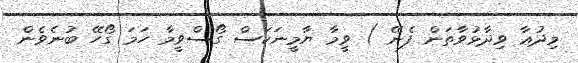
މިދުޢާ ވިދާޅުވާތަން ފެނޭ ) ވީމާ ޔާމީނަކަސް ގޯސްވީމާ ހަމަ ގޯހޭ ބުނެވެން